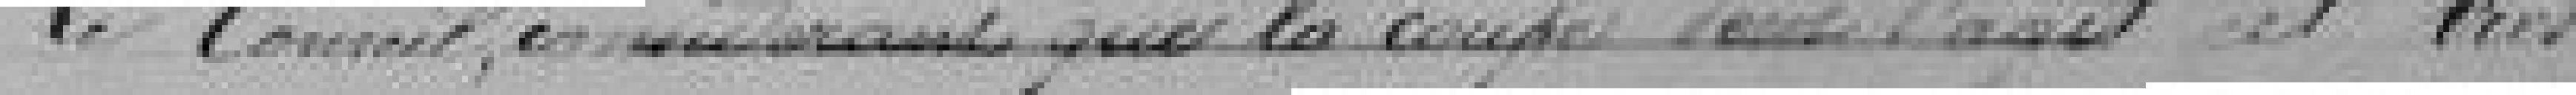
Le Conseil, considérant que la coupe dont il  s'agit est très